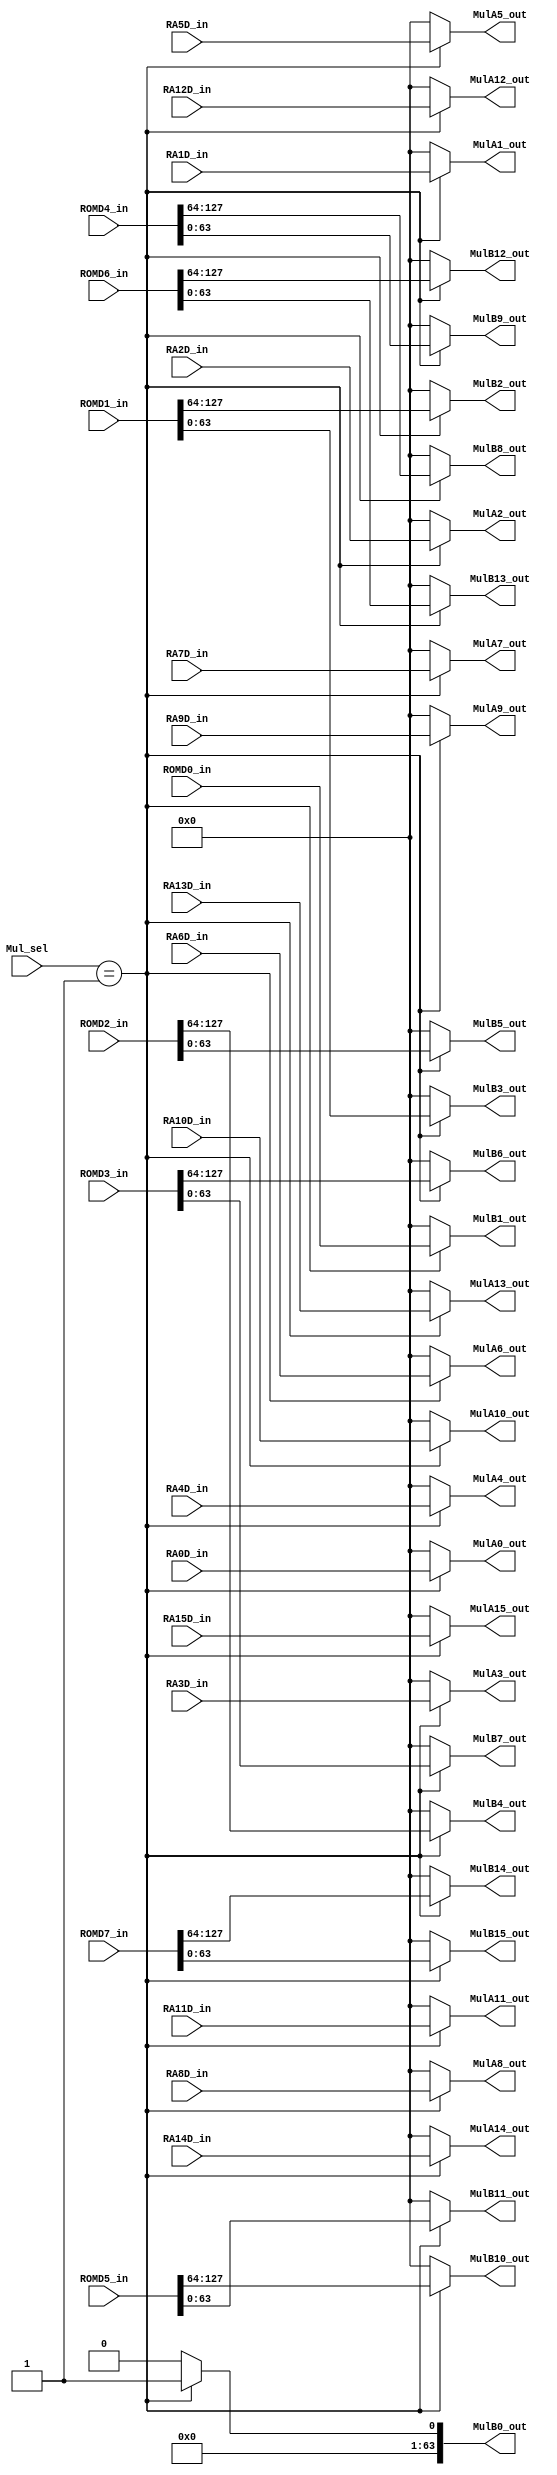
module Mux3(MulB0_out,                                                                     
			  MulB1_out,                                                                     
			  MulB2_out,                                                                     
			  MulB3_out,                                                                     
			  MulB4_out,                                                                     
			  MulB5_out,                                                                     
			  MulB6_out,                                                                     
			  MulB7_out,                                                                     
			  MulB8_out,                                                                     
			  MulB9_out,                                                                     
			  MulB10_out,                                                                    
			  MulB11_out,                                                                    
			  MulB12_out,                                                                    
			  MulB13_out,                                                                    
			  MulB14_out,                                                                    
			  MulB15_out,  

			  MulA0_out,                                                                   
			  MulA1_out,                                                                     
			  MulA2_out,                                                                     
			  MulA3_out,                                                                     
			  MulA4_out,                                                                     
			  MulA5_out,                                                                     
			  MulA6_out,                                                                     
			  MulA7_out,    
			  MulA8_out,                                                                     
			  MulA9_out,                                                                     
			  MulA10_out,                                                                    
			  MulA11_out,                                                                    
			  MulA12_out,                                                                    
			  MulA13_out,                                                                    
			  MulA14_out,                                                                    
			  MulA15_out,                                                                    
                                                               
              ROMD0_in,                                                                      
			  ROMD1_in,                                                                      
			  ROMD2_in,                                                                      
			  ROMD3_in,                                                                      
			  ROMD4_in,                                                                      
			  ROMD5_in,                                                                      
			  ROMD6_in,                                                                      
			  ROMD7_in,                                                                      

			  RA0D_in,                                                     
			  RA1D_in,                                                                       
			  RA2D_in,                                                                       
			  RA3D_in,                                                                       
			  RA4D_in,                                                                       
			  RA5D_in,                                                                       
			  RA6D_in,                                                                       
			  RA7D_in,     
			  RA8D_in,                                                                      
			  RA9D_in,                                                                       
			  RA10D_in,                                                                      
			  RA11D_in,                                                                      
			  RA12D_in,                                                                      
			  RA13D_in,                                                                      
			  RA14D_in,                                                                      
			  RA15D_in,                                                                      
			  Mul_sel,                                                                                                 
			  ) ;                                                                            
			                                                                                 
parameter P_WIDTH   = 64 ;                                                                 
parameter SD_WIDTH  = 128 ;                                                                
parameter SEG1  = 64 ;                                                                     
parameter SEG2  = 128 ;                                                                    
                                                                                           
parameter P_ONE   = 64'd1 ;                                                                
parameter PINV    = 64'd18446462594437939201; // inverse N                                    
                                                                                           
output [P_WIDTH-1:0] MulB0_out ;                                                           
output [P_WIDTH-1:0] MulB1_out ;                                                           
output [P_WIDTH-1:0] MulB2_out ;                                                           
output [P_WIDTH-1:0] MulB3_out ;                                                           
output [P_WIDTH-1:0] MulB4_out ;                                                           
output [P_WIDTH-1:0] MulB5_out ;                                                           
output [P_WIDTH-1:0] MulB6_out ;                                                           
output [P_WIDTH-1:0] MulB7_out ;                                                           
output [P_WIDTH-1:0] MulB8_out ;                                                           
output [P_WIDTH-1:0] MulB9_out ;                                                           
output [P_WIDTH-1:0] MulB10_out ;                                                          
output [P_WIDTH-1:0] MulB11_out ;                                                          
output [P_WIDTH-1:0] MulB12_out ;                                                          
output [P_WIDTH-1:0] MulB13_out ;                                                          
output [P_WIDTH-1:0] MulB14_out ;                                                          
output [P_WIDTH-1:0] MulB15_out ;                                                          

output [P_WIDTH-1:0] MulA0_out ;								                                                           
output [P_WIDTH-1:0] MulA1_out ;                                                           
output [P_WIDTH-1:0] MulA2_out ;                                                           
output [P_WIDTH-1:0] MulA3_out ;                                                           
output [P_WIDTH-1:0] MulA4_out ;                                                           
output [P_WIDTH-1:0] MulA5_out ;                                                           
output [P_WIDTH-1:0] MulA6_out ;                                                           
output [P_WIDTH-1:0] MulA7_out ;  
output [P_WIDTH-1:0] MulA8_out ;                                                         
output [P_WIDTH-1:0] MulA9_out ;                                                           
output [P_WIDTH-1:0] MulA10_out ;                                                          
output [P_WIDTH-1:0] MulA11_out ;                                                          
output [P_WIDTH-1:0] MulA12_out ;                                                          
output [P_WIDTH-1:0] MulA13_out ;                                                          
output [P_WIDTH-1:0] MulA14_out ;                                                          
output [P_WIDTH-1:0] MulA15_out ;                                                          
                                                                                           
                                                     
input [P_WIDTH-1:0]  ROMD0_in ;                                                            
input [SD_WIDTH-1:0] ROMD1_in ;                                                            
input [SD_WIDTH-1:0] ROMD2_in ;                                                            
input [SD_WIDTH-1:0] ROMD3_in ;                                                            
input [SD_WIDTH-1:0] ROMD4_in ;                                                            
input [SD_WIDTH-1:0] ROMD5_in ;                                                            
input [SD_WIDTH-1:0] ROMD6_in ;                                                            
input [SD_WIDTH-1:0] ROMD7_in ;                                                            

input [P_WIDTH-1:0]  RA0D_in ;								                         
input [P_WIDTH-1:0]  RA1D_in ;                                                             
input [P_WIDTH-1:0]  RA2D_in ;                                                             
input [P_WIDTH-1:0]  RA3D_in ;                                                             
input [P_WIDTH-1:0]  RA4D_in ;                                                             
input [P_WIDTH-1:0]  RA5D_in ;                                                             
input [P_WIDTH-1:0]  RA6D_in ;                                                             
input [P_WIDTH-1:0]  RA7D_in ;  
input [P_WIDTH-1:0]  RA8D_in ;                                                           
input [P_WIDTH-1:0]  RA9D_in ;                                                             
input [P_WIDTH-1:0]  RA10D_in ;                                                            
input [P_WIDTH-1:0]  RA11D_in ;                                                            
input [P_WIDTH-1:0]  RA12D_in ;                                                            
input [P_WIDTH-1:0]  RA13D_in ;                                                            
input [P_WIDTH-1:0]  RA14D_in ;                                                            
input [P_WIDTH-1:0]  RA15D_in ;                                                            
input [1:0]          Mul_sel ;                                                             
                                                         
                                                                                           
                                                                                           
                                                                                           
	//                                                                                       
	assign MulB0_out = (Mul_sel==1'd1) ? P_ONE : 64'd0;                                 
	//                                                                                       
	assign MulB1_out  = (Mul_sel==1'd1) ? ROMD0_in : 64'd0 ;                                         
	//                                                                                       
	assign MulB2_out  = (Mul_sel==1'd1) ? ROMD1_in[SEG2-1:SEG1] : 64'd0 ;				                         
	//                                                                                       
	assign MulB3_out  = (Mul_sel==1'd1) ? ROMD1_in[SEG1-1:0] : 64'd0 ;			                         
	//                                                                                       
	assign MulB4_out  = (Mul_sel==1'd1) ? ROMD2_in[SEG2-1:SEG1] : 64'd0 ;							                         
	//                                                                                       
	assign MulB5_out  = (Mul_sel==1'd1) ? ROMD2_in[SEG1-1:0] : 64'd0 ;	                                     
	//                                                                                       
	assign MulB6_out  = (Mul_sel==1'd1) ? ROMD3_in[SEG2-1:SEG1] : 64'd0 ;				                         
	//                                                                                       
	assign MulB7_out  = (Mul_sel==1'd1) ? ROMD3_in[SEG1-1:0] : 64'd0 ;	                                     
	//                                                                                       
	assign MulB8_out  = (Mul_sel==1'd1) ? ROMD4_in[SEG2-1:SEG1] : 64'd0 ;				                         
	//                                                                                       
	assign MulB9_out  = (Mul_sel==1'd1) ? ROMD4_in[SEG1-1:0] : 64'd0 ;	                                     
	//                                                                                       
	assign MulB10_out = (Mul_sel==1'd1) ? ROMD5_in[SEG2-1:SEG1] : 64'd0 ;				                         
	//                                                                                       
	assign MulB11_out = (Mul_sel==1'd1) ? ROMD5_in[SEG1-1:0] : 64'd0 ;	                                     
	//                                                                                       
	assign MulB12_out = (Mul_sel==1'd1) ? ROMD6_in[SEG2-1:SEG1] : 64'd0 ;				                         
	//                                                                                       
	assign MulB13_out = (Mul_sel==1'd1) ? ROMD6_in[SEG1-1:0] : 64'd0 ;	                                     
	//                                                                                       
	assign MulB14_out = (Mul_sel==1'd1) ? ROMD7_in[SEG2-1:SEG1] : 64'd0 ;				                         
	//                                                                                       
	assign MulB15_out = (Mul_sel==1'd1) ? ROMD7_in[SEG1-1:0] : 64'd0 ;	                                     
	                                                                                         
	                                                                                         
    // change RA output position in IFFT                 
	assign MulA0_out = (Mul_sel==1'd1) ? RA0D_in : 64'd0; 

	assign MulA1_out = (Mul_sel==1'd1) ? RA1D_in : 64'd0;                                
	//                                                                                       
	assign MulA2_out = (Mul_sel==1'd1) ? RA2D_in : 64'd0;                                
	//                                                                                       
	assign MulA3_out = (Mul_sel==1'd1) ? RA3D_in : 64'd0;                                
	//                                                                                       
	assign MulA4_out = (Mul_sel==1'd1) ? RA4D_in : 64'd0;                                
	//                                                                                       
	assign MulA5_out = (Mul_sel==1'd1) ? RA5D_in : 64'd0;                                
	//                                                                                       
	assign MulA6_out = (Mul_sel==1'd1) ? RA6D_in : 64'd0;                                
	//                                                                                       
	assign MulA7_out = (Mul_sel==1'd1) ? RA7D_in : 64'd0;             
	//
	assign MulA8_out = (Mul_sel==1'd1) ? RA8D_in : 64'd0;                                 
	//                                                                                       
	assign MulA9_out = (Mul_sel==1'd1) ? RA9D_in : 64'd0;                                 
	//                                                                                       
	assign MulA10_out = (Mul_sel==1'd1) ? RA10D_in : 64'd0;                               
	//                                                                                       
	assign MulA11_out = (Mul_sel==1'd1) ? RA11D_in : 64'd0;                               
	//                                                                                       
	assign MulA12_out = (Mul_sel==1'd1) ? RA12D_in : 64'd0;                               
	//                                                                                       
	assign MulA13_out = (Mul_sel==1'd1) ? RA13D_in : 64'd0;                               
	//                                                                                       
	assign MulA14_out = (Mul_sel==1'd1) ? RA14D_in : 64'd0;                               
	//                                                                                       
	assign MulA15_out = (Mul_sel==1'd1) ? RA15D_in : 64'd0;                               
	                                                                                         
	                                                                                         
endmodule